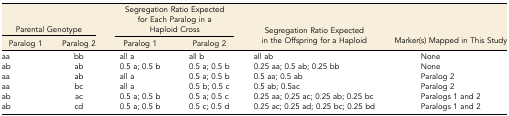
<table><thead><tr><td colspan="2"><b>Parental Genotype</b></td><td colspan="2"><b>Segregation Ratio Expected for Each Paralog in a Haploid Cross</b></td><td rowspan="2"><b>Segregation Ratio Expected in the Offspring for a Haploid</b></td><td rowspan="2"><b>Marker(s) Mapped in This Study</b></td></tr><tr><td><b>Paralog 1</b></td><td><b>Paralog 2</b></td><td><b>Paralog 1</b></td><td><b>Paralog 2</b></td></tr></thead><tbody><tr><td>aa</td><td>bb</td><td>all a</td><td>all b</td><td>all ab</td><td>None</td></tr><tr><td>ab</td><td>ab</td><td>0.5 a; 0.5 b</td><td>0.5 a; 0.5 b</td><td>0.25 aa; 0.5 ab; 0.25 bb</td><td>None</td></tr><tr><td>aa</td><td>ab</td><td>all a</td><td>0.5 a; 0.5 b</td><td>0.5 aa; 0.5 ab</td><td>Paralog 2</td></tr><tr><td>aa</td><td>bc</td><td>all a</td><td>0.5 b; 0.5 c</td><td>0.5 ab; 0.5ac</td><td>Paralog 2</td></tr><tr><td>ab</td><td>ac</td><td>0.5 a; 0.5 b</td><td>0.5 a; 0.5 c</td><td>0.25 aa; 0.25 ac; 0.25 ab; 0.25 bc</td><td>Paralogs 1 and 2</td></tr><tr><td>ab</td><td>cd</td><td>0.5 a; 0.5 b</td><td>0.5 c; 0.5 d</td><td>0.25 ac; 0.25 ad; 0.25 bc; 0.25 bd</td><td>Paralogs 1 and 2</td></tr></tbody></table>